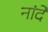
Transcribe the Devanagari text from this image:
नांदे